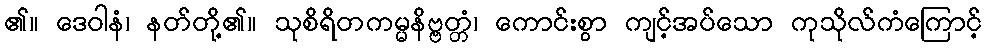
၏။ ဒေဝါနံ၊ နတ်တို့၏။ သုစိရိတကမ္မနိဗ္ဗတ္တံ၊ ကောင်းစွာ ကျင့်အပ်သော ကုသိုလ်ကံကြောင့်